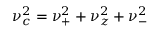
\nu _ { c } ^ { 2 } = \nu _ { + } ^ { 2 } + \nu _ { z } ^ { 2 } + \nu _ { - } ^ { 2 }